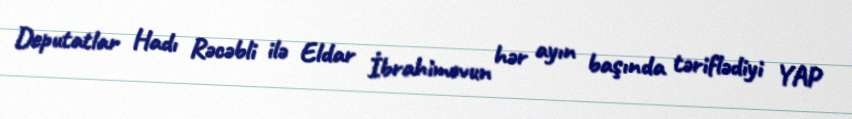
Deputatlar Hadı Rəcəbli ilə Eldar İbrahimovun hər ayın başında təriflədiyi YAP